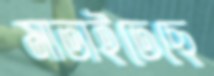
মাতাইতেছে